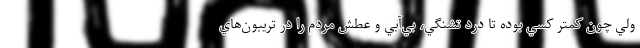
ولي چون كمتر كسي بوده تا درد تشنگي، بي‌آبي و عطش مردم را در تريبون‌هاي